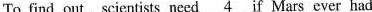
To find out, scientists need \underline{4} if Mars ever had